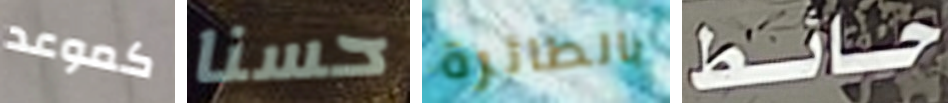
كموعد حسنا بالطائرة حائط